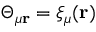
\Theta _ { \mu \mathbf { r } } = \xi _ { \mu } ( \mathbf { r } )